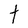
Character: t